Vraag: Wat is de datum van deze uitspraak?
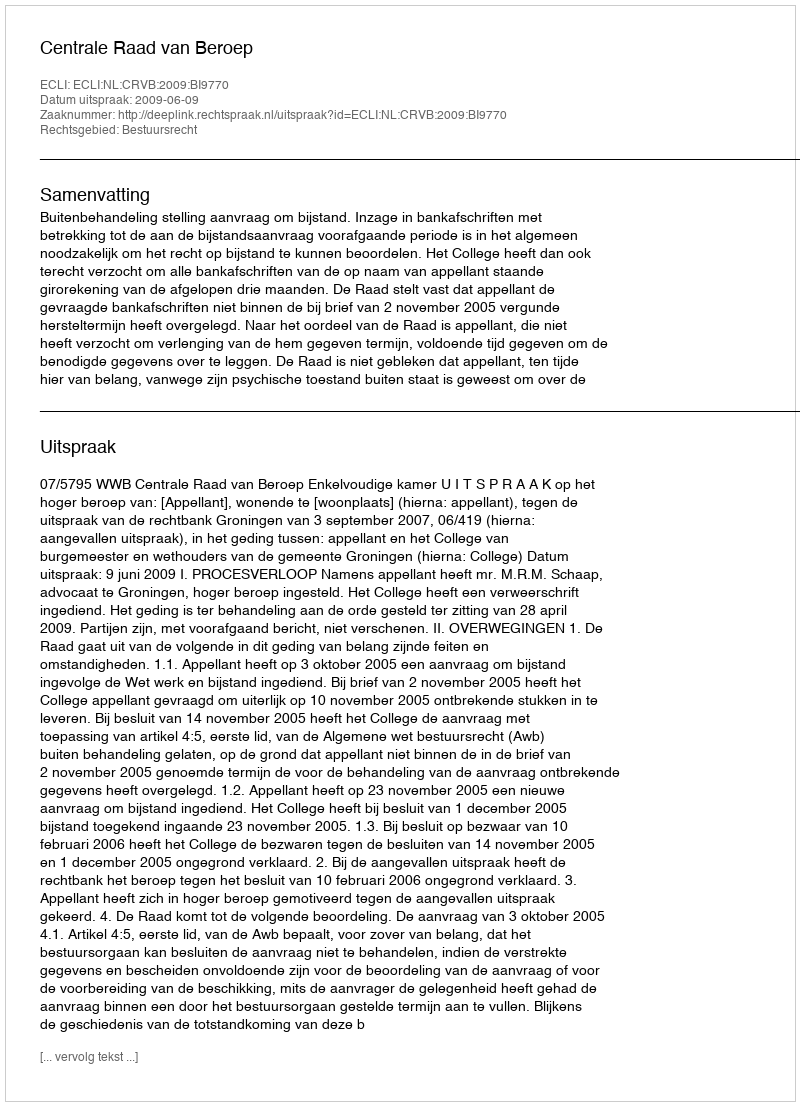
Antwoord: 2009-06-09